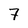
Character: 7